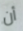
أن